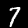
Digit: 7